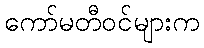
ကော်မတီဝင်များက